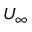
U _ { \infty }